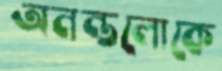
অনন্তলোকে